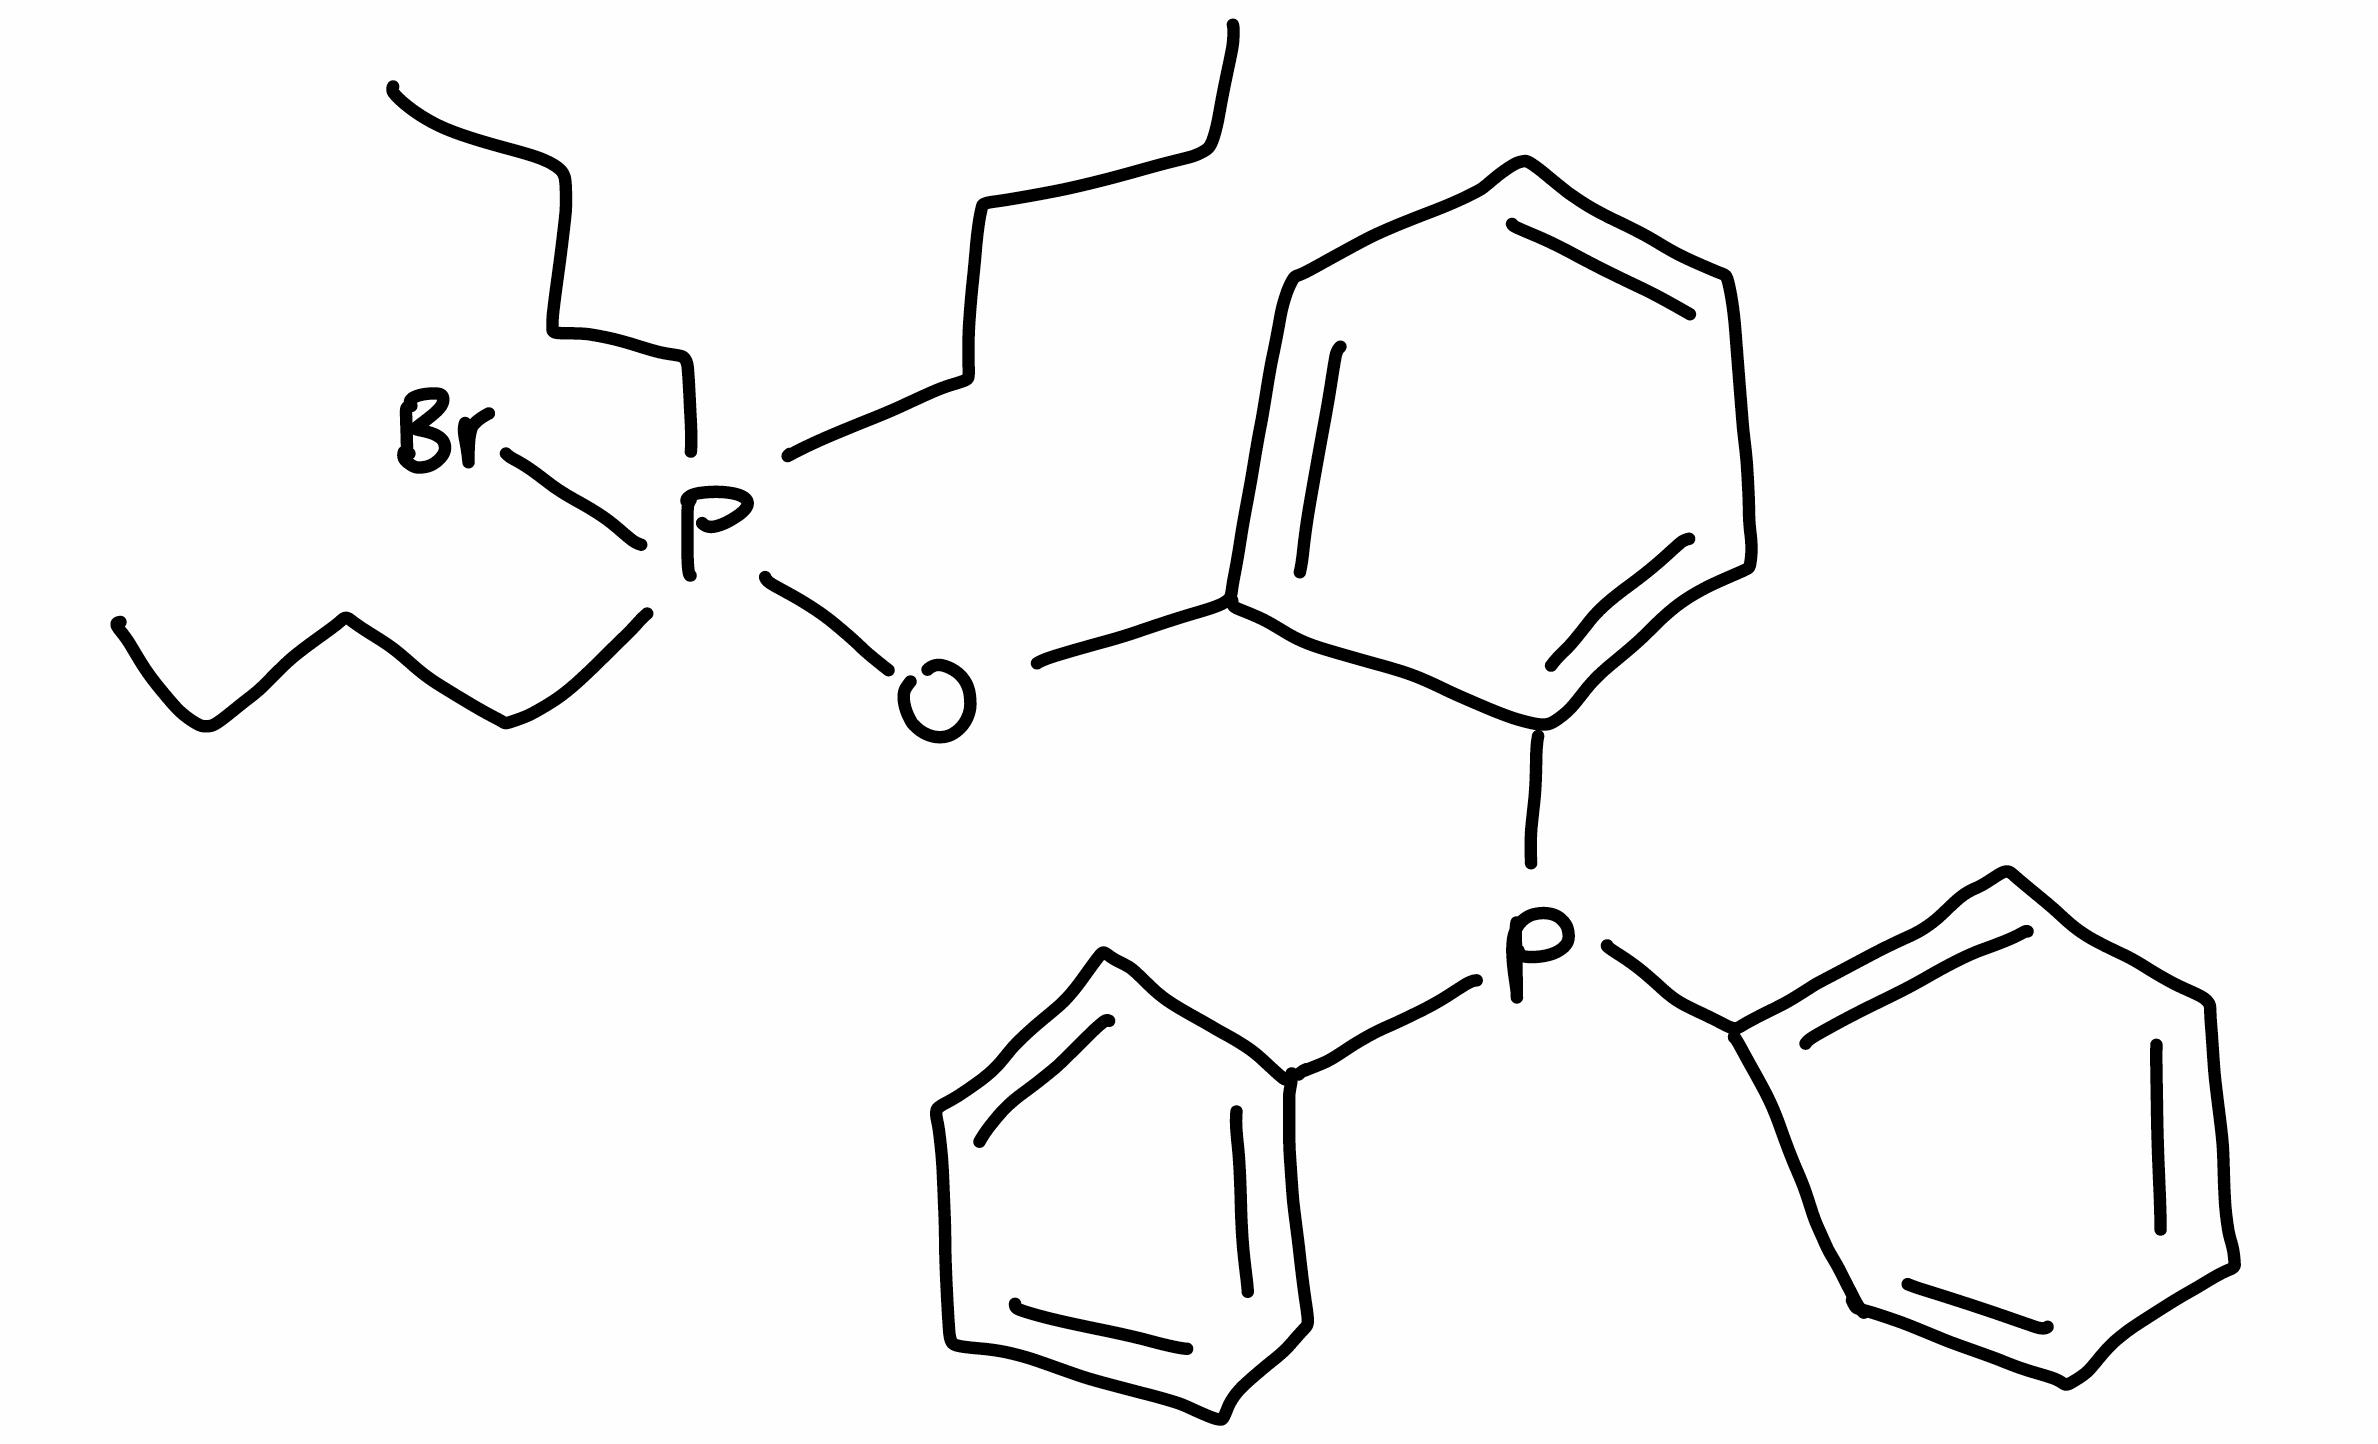
Simplified molecular-input line-entry system (SMILES) notation of the given molecule:
CCCCP(CCCC)(CCCC)(OC1=CC=CC=C1P(C2=CC=CC=C2)C3=CC=CC=C3)Br